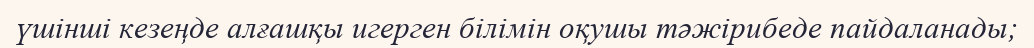
үшінші кезеңде алғашқы игерген білімін оқушы тәжірибеде пайдаланады;